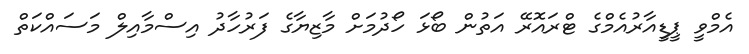
އެމްވީ ޕީޑީއާރުއެމްގެ ޓްރައޮރޭ އަތުން ބޯޅަ ހޯދުމަށް މާޒިޔާގެ ފަރުހާދު އިސްމާއިލް މަސައްކަތް